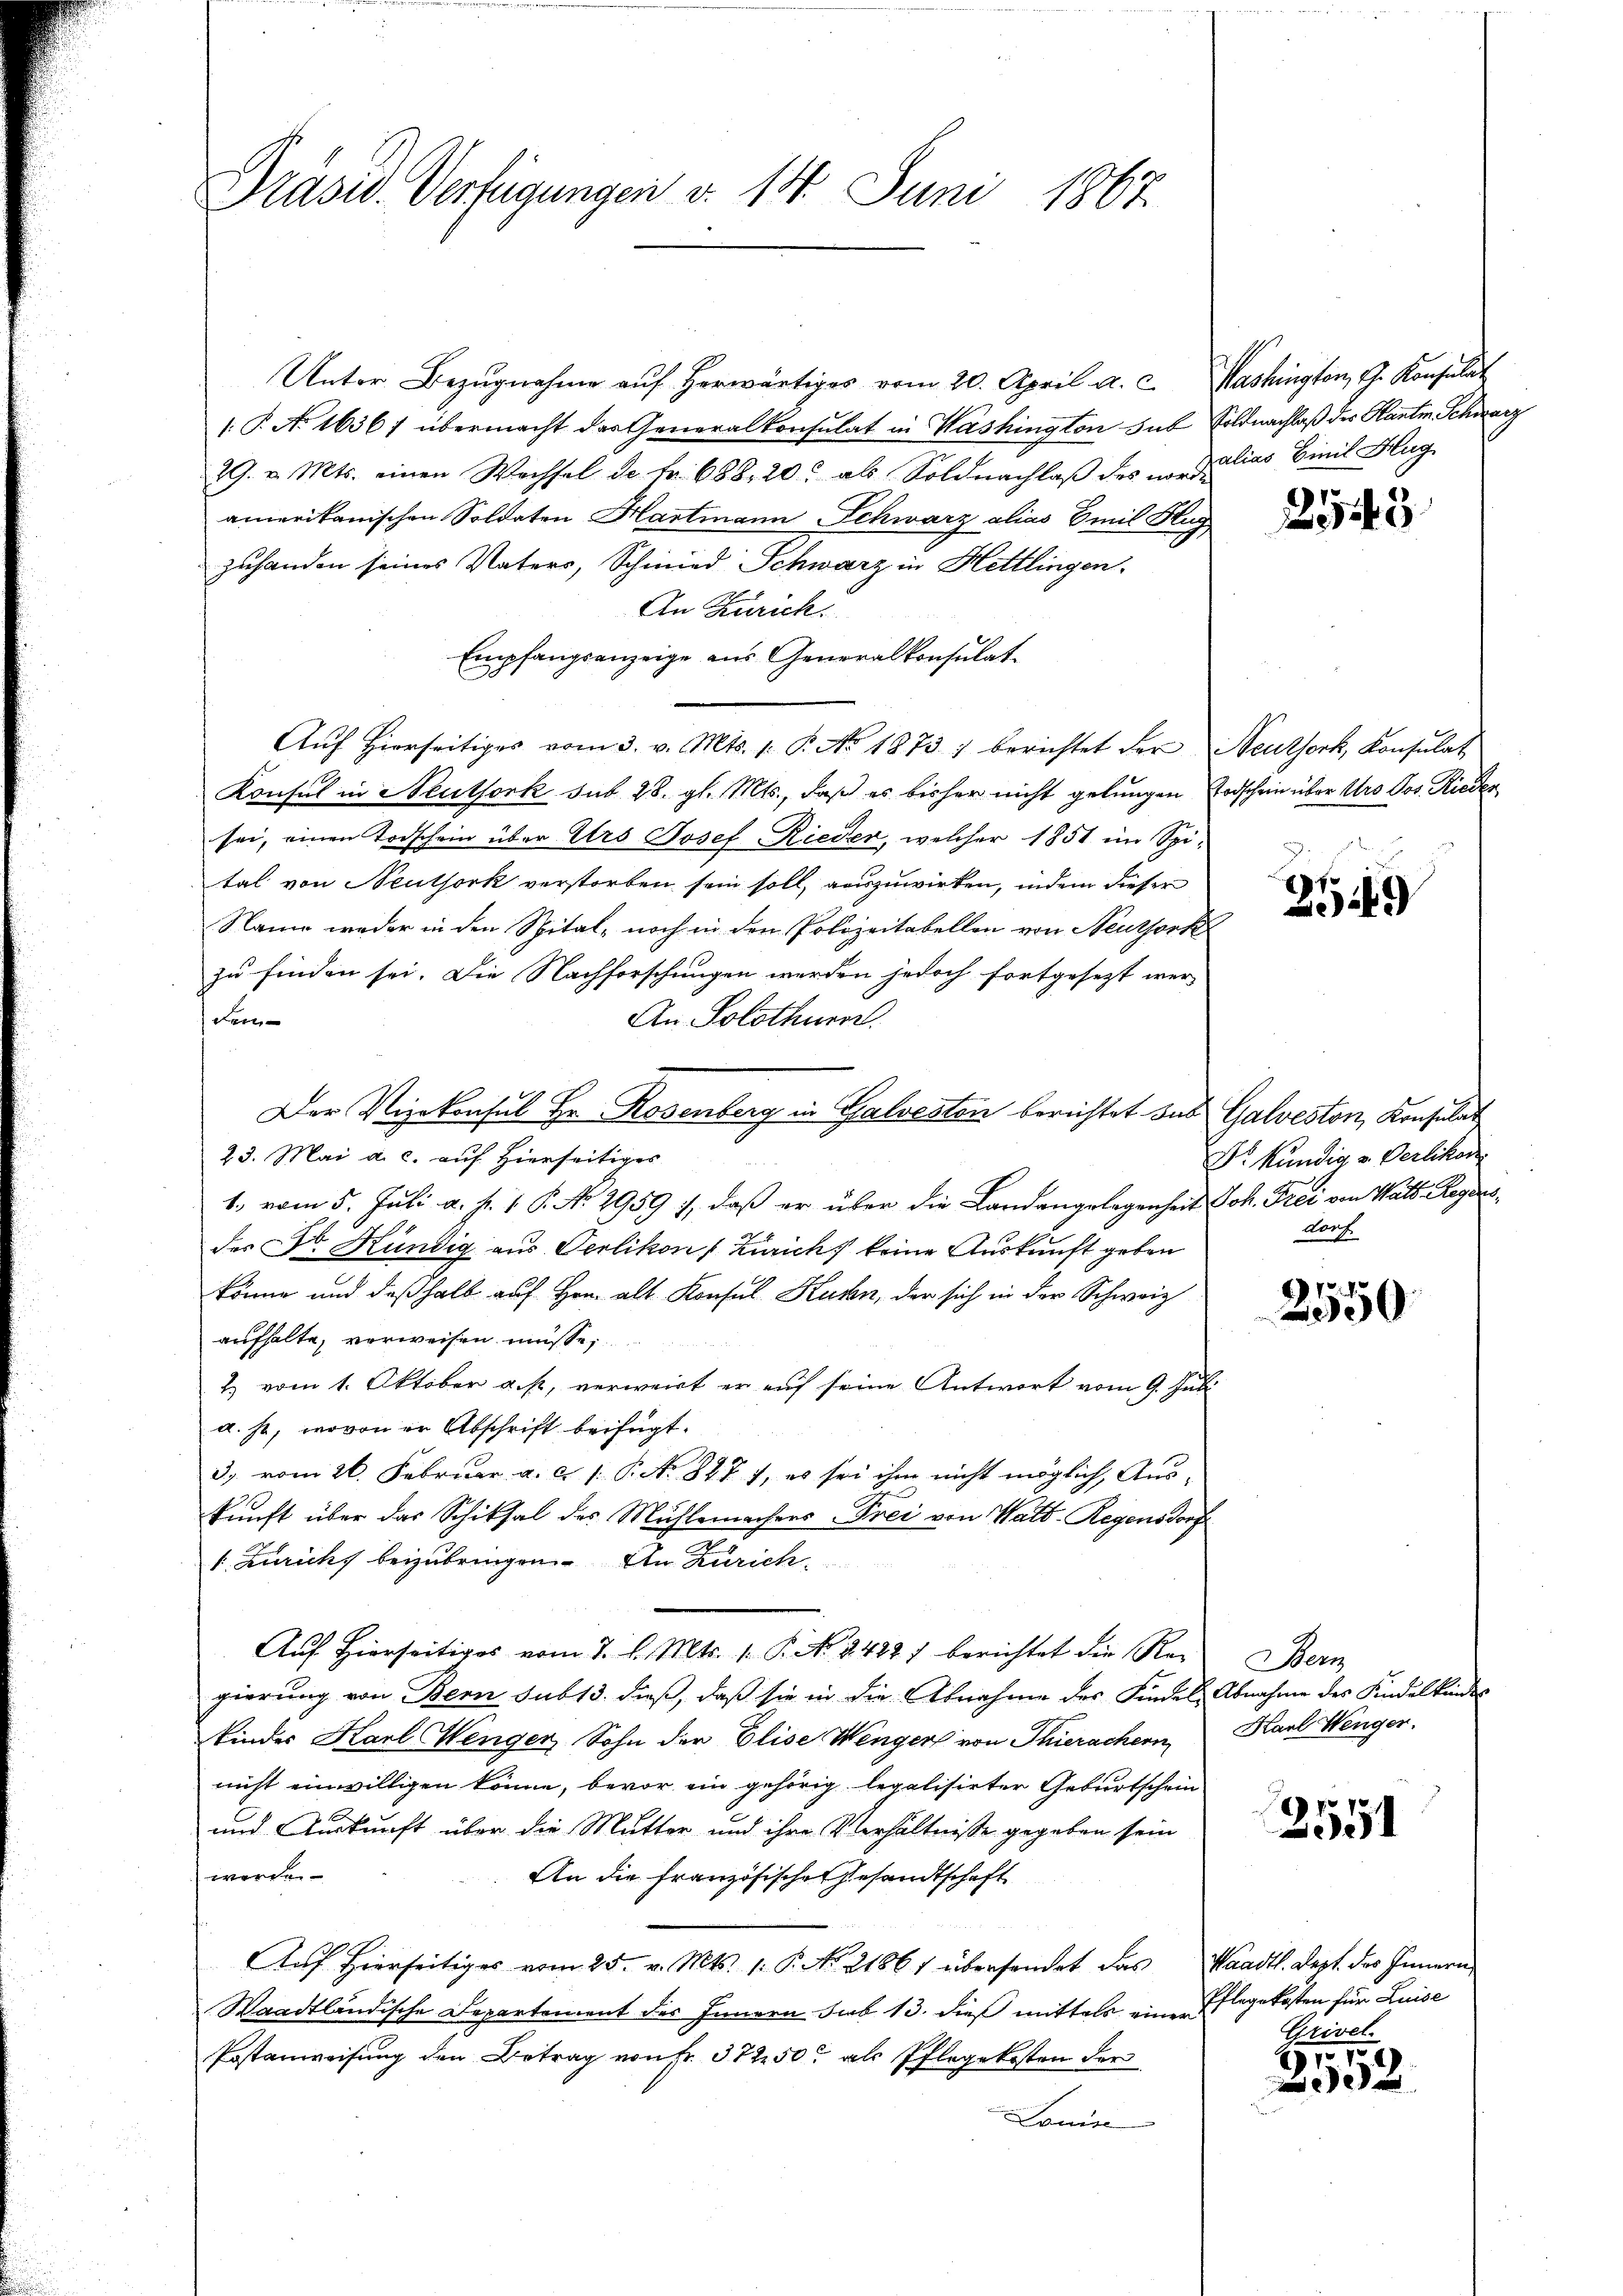
Präsid. Verfügungen d. 14. Juni 1867.

Unter Bezŭgnahme aŭf herwärtiges vom 20. April a. c. Washington, G. Konsulat
1.P. No 1656/ übermacht das Generalkonsulat in Washington sub Soldnachlaß der Kanti. Schwarz
29. v. Mts. einen Wechsel de fr. 688. 20. als Soldnachlaβ des in Dalias Binil Klag
amerikanischen Soldaten Hartmann Schwarz alias Emil Hug
zuhanden seines Vaters, Schmied Schwarz in Hettlingen.
An Zürich.
Empfangsanzeige aus Generalkonsulat¬
Aŭf Hierseitiges vom 3. v. Mts. 1. P. No 1873 berichtet der Neuthork, Konsulat
Konsul in Neuthork sub 28. gl. Mts., daß es bisher nicht gelungen Erdschein über Urs Jos. Rieder
sei, einen Todschein über Urs Josef Rieder, welcher 1851 im Spi-
tal von Neuthork verstorben sein soll, auszuwirken, indem dieser
Name weder in den Spital- noch in den Polizeitabellen von Neuthork
zu finden sei. Die Nachforschungen werden jedoch fortgesezt werdem
An Solothurn.
Der Vizekonsul Hr. Rosenberg in Galvesten berichtet aus Galveston, Konsulat
23. Mai a. c. auf Hierseitiges
1., vom 5. Juli a. p. 1 P. No. 2959 i, daß er über die Landangelegenheit Joh. Frei von Wats Regers
des Dr. Hündig aus Oerlikon (Zürich keine Auskunft geben
könne und deßhalb auf Hrn. alt Konsul Kuhn, der sich in der Schweiz
aufhalte, vorweisen müsse;
2) vom 1. Oktober a. p., verweirt er auf seine Antwort vom 9. Juni
a. h., wovon er Abschrift beifügt:
3, vom 26. Februar a. c. 1. P. No. 827 7, es sei ihm nicht möglich, Aus-
kunft über das Schiksal des Mühlemachers Frei von Watt. Regensdorf
1. Zurichs beizubringen. An Zürich
Aŭf Hierseitiges vom 7. d. Mts. 1. P. Nr. 8422) berichtet die Rei Bern
gierung von Bern sub 13. dieß, daß sie in die Abnahme des Findel Abnahme des Kindelkindes
kindes Karl Wenger Sohn der Elise Wenger von Thierachern, Karl Wenger.
nicht einwilligen könne, bevor ein gehörig legalisirter Geburtschein
und Auskunft über die Mutter und ihre Verhältnisse gegeben sein
werden
An die Französischen Gesandtschaft
Auf hierseitiges vom 25. v. Mts. 1. P. Nr. 21861 übersendet das Waadt. Sept. des Innern,
Waadtländische Departement des Innern sub 13. dieß mittels einer
Postanweisung den Betrag von Fr. 37250 als Pflegekosten der
Lonin

2543

2549

D. kundig v. Oerlikon
dorf

2550

2591

Pflegekosten für Luise
Grivel

107
2332.